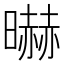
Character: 㬨